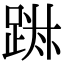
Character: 𨁕